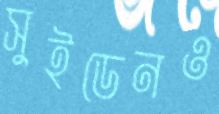
সুইডেনও